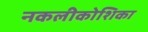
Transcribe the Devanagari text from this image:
नकलीकोशिका